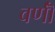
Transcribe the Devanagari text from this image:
वर्णॊं